Black-water fever - Number 35
Disease focus: Fever
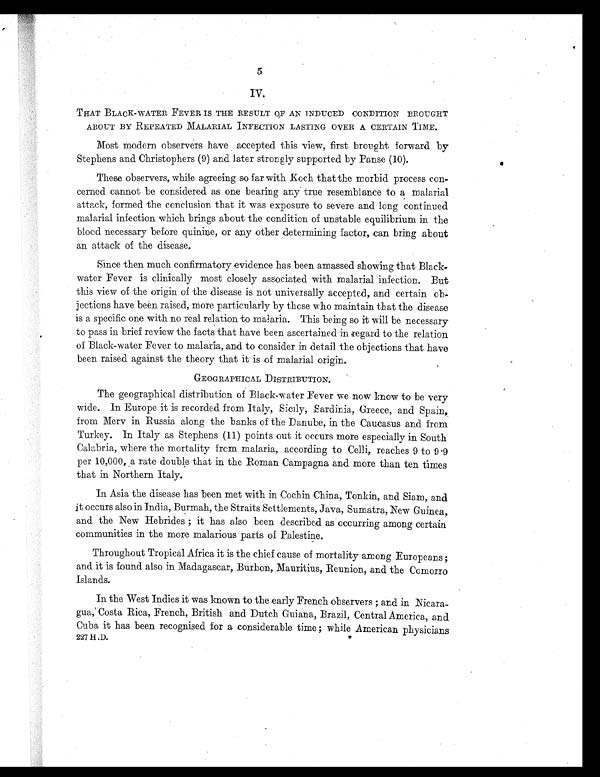
5
IV.
THAT BLACK-WATER FEVER IS THE RESULT OF AN INDUCED CONDITION BROUGHT
ABOUT BY REPEATED MALARIAL INFECTION LASTING OVER A CERTAIN TIME.
Most modern observers have accepted this view, first brought forward by
Stephens and Christophers (9) and later strongly supported by Panse (10).
These observers, while agreeing so far with Koch that the morbid process con-
cerned cannot be considered as one bearing any true resemblance to a malarial
attack, formed the conclusion that it was exposure to severe and long continued
malarial infection which brings about the condition of unstable equilibrium in the
blood necessary before quinine, or any other determining factor, can bring about
an attack of the disease.
Since then much confirmatory evidence has been amassed showing that Black
-water Fever is clinically most closely associated with malarial infection. But
this view of the origin of the disease is not universally accepted, and certain ob-
jections have been raised, more particularly by these who maintain that the .disease
is a specific one with no real relation to malaria. This being so it will be necessary
to pass in brief review the facts that have been ascertained in regard to the relation
of Black-water Fever to malaria, and to consider in detail the objections that have
been raised against the theory that it is of malarial origin.
GEOGRAPHICAL DISTRIBUTION.
The geographical distribution of Black-water Fever we now know to be very
wide. In Europe it is recorded from Italy, Sicily, Sardinia, Greece, and Spain,
from Mery in Russia along the banks of the Danube, in the Caucasus and from
Turkey. In Italy as Stephens (11) points out it occurs more especially in South
Calabria, where the mortality from malaria, according to Celli . , reaches 9 to 9.9
per 10,000, a rate double that in the Roman Campagna and more than ten times
that in Northern Italy.
In Asia the disease has been met with in Cochin China, Tonkin, and Siam, and
it occurs also in India, Burmah, the Straits Settlements, Java, Sumatra, New Guinea,
and the New Hebrides ; it has also been described as occurring among certain
communities in the more malarious parts of Palestine.
Throughout Tropical Africa it is the chief cause of mortality among Europeans ;
and it is found also in Madagascar, Burbon, Mauritius, Reunion, and the Comorro
Islands.
In the West Indies it was known to the early French observers ; and in Nicara
-gua, Costa Rica, French, British and Dutch Guiana, Brazil, Central America, and
Cuba it has been recognised for a considerable time ; while American physicians
227 H.D.